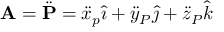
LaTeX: \mathbf { A } = { \ddot { \mathbf { P } } } = { \ddot { x } } _ { p } { \hat { \imath } } + { \ddot { y } } _ { P } { \hat { \jmath } } + { \ddot { z } } _ { P } { \hat { k } }